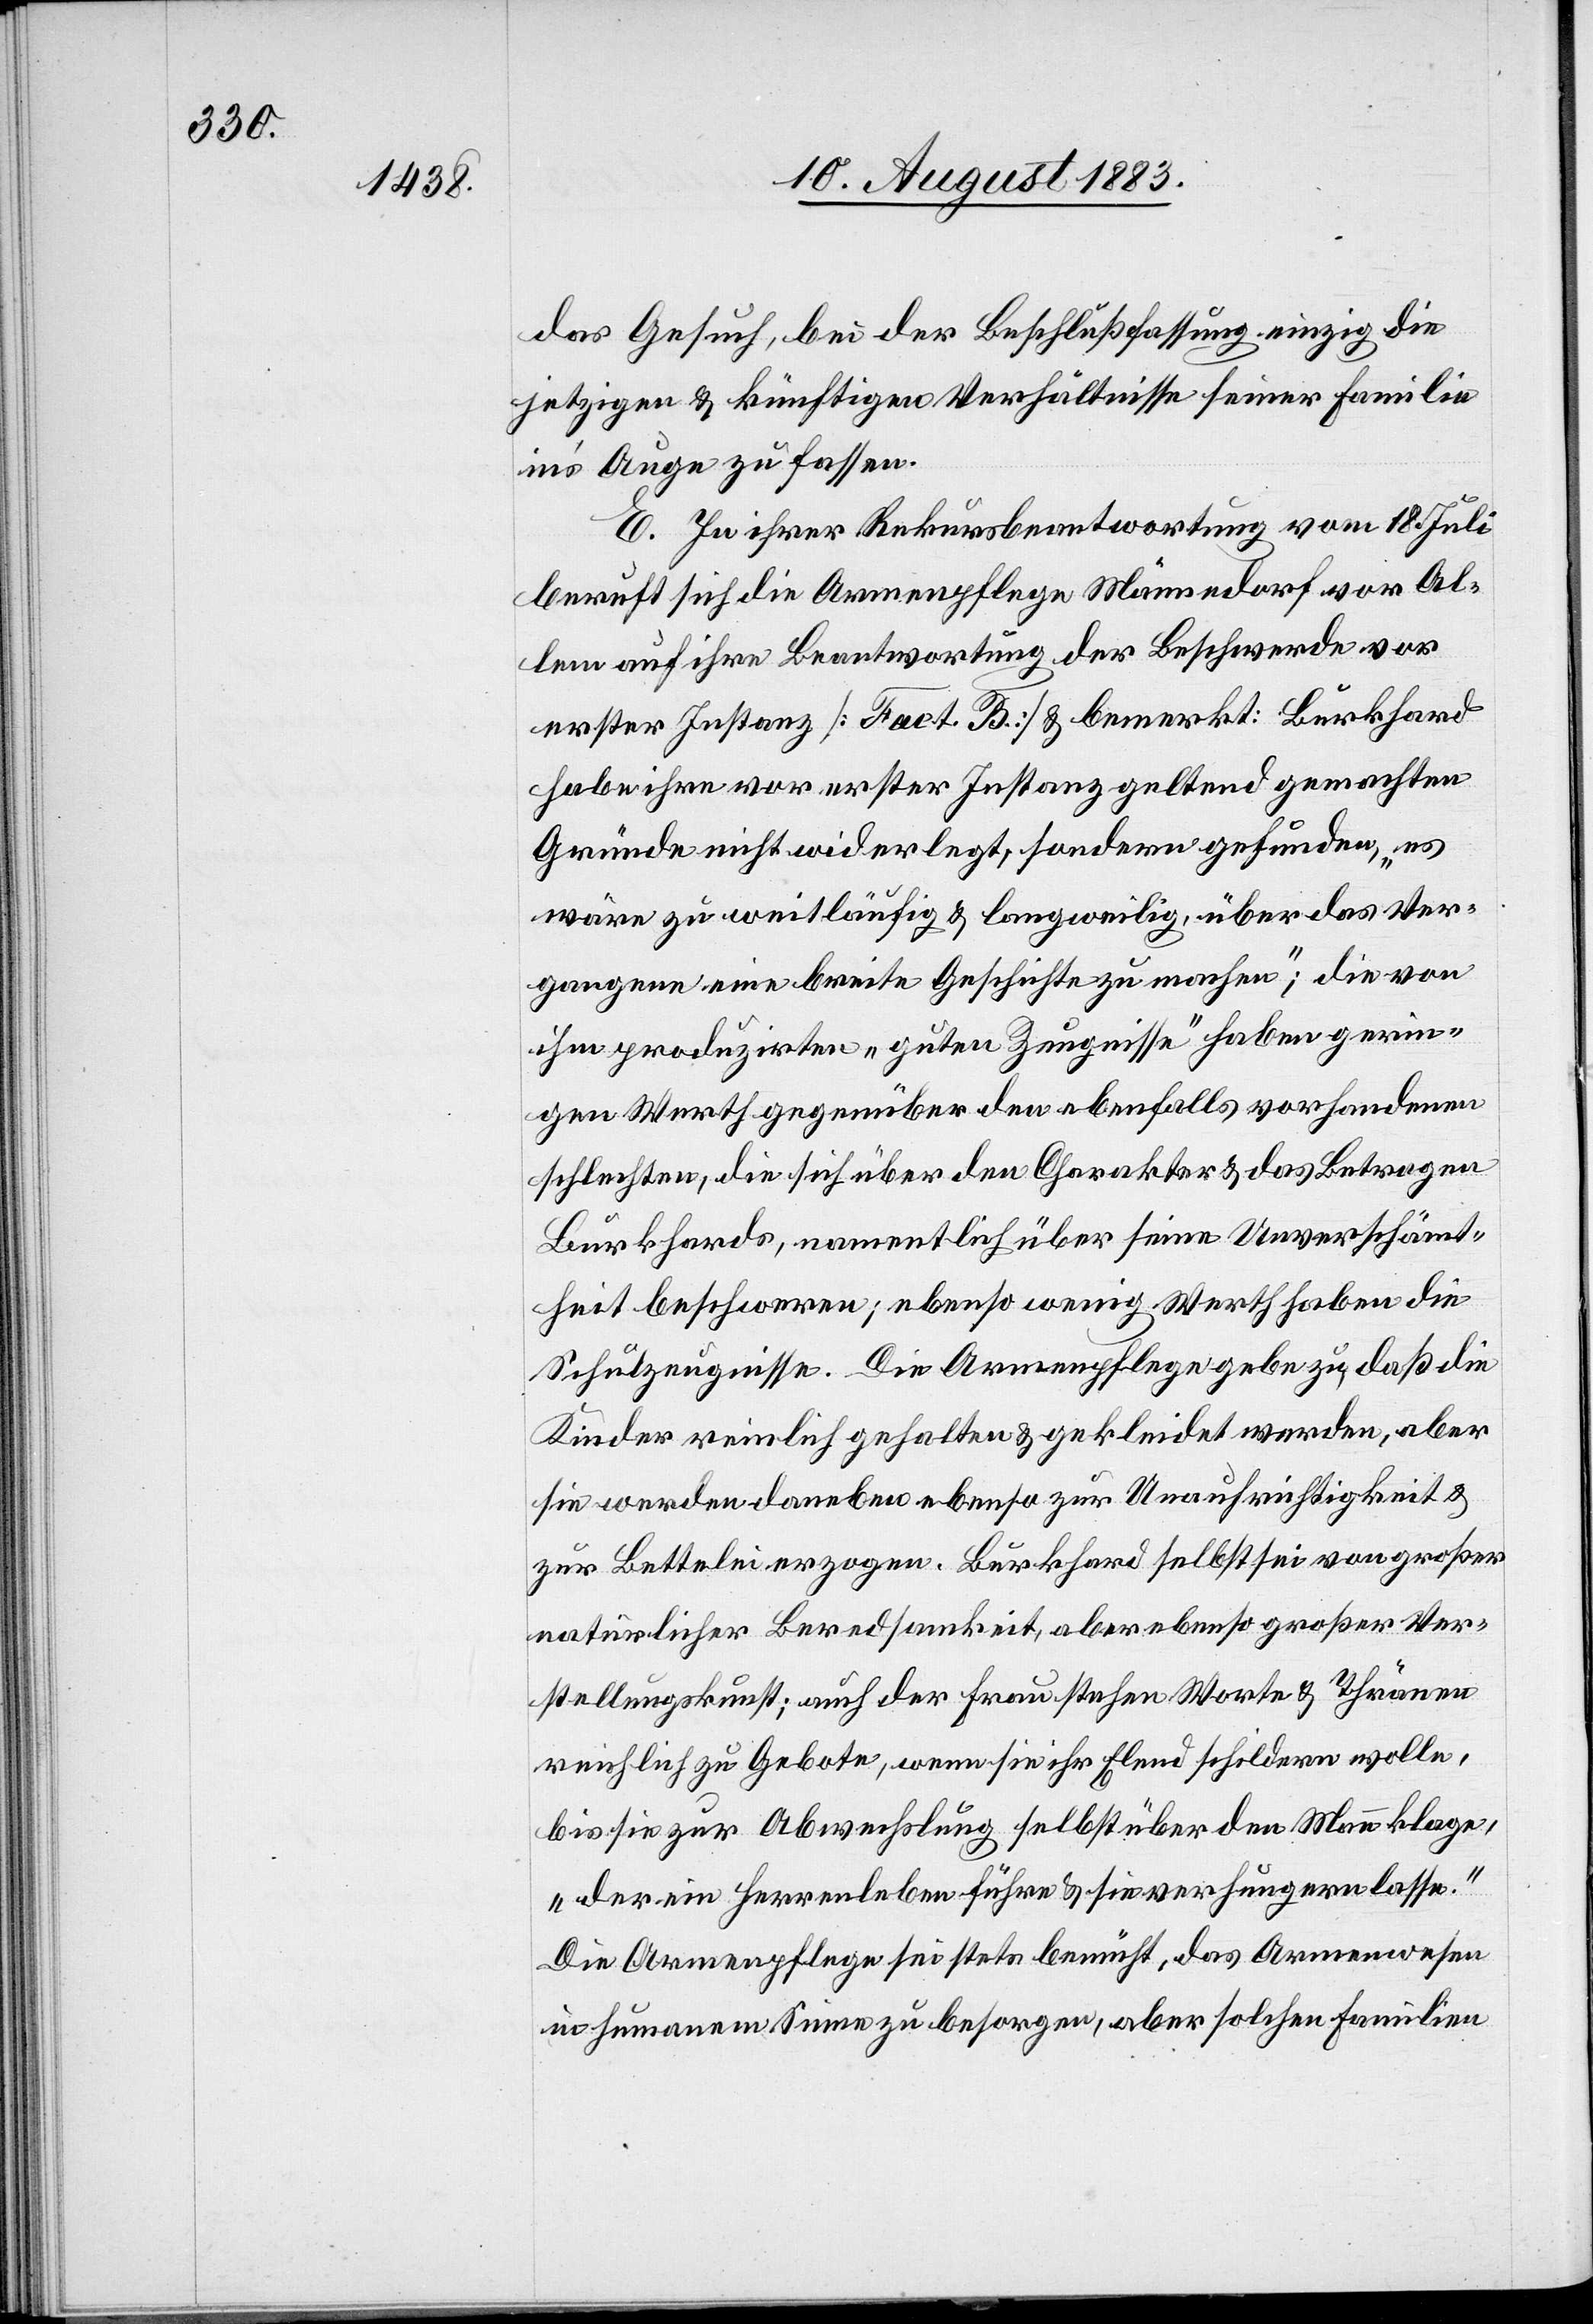
das Gesuch, bei der Beschlussfassung einzig die
jetzigen & künftigen Verhältnisse seiner Familie
in’s Auge zu fassen.
E. In ihrer Rekursbeantwortung vom 18. Juli
beruft sich die Armenpflege Männedorf vor Al¬
lem auf ihre Beantwortung der Beschwerde vor
erster Instanz [Fact. B.] & bemerkt: Burkhard
habe ihre vor erster Instanz geltend gemachten
Gründe nicht widerlegt, sondern gefunden, „es
wäre zu weitläufig & langweilig, über das Ver¬
gangene eine breite Geschichte zu machen“; die von
ihm produzirten „guten Zeugnisse“ haben gerin¬
gen Werth gegenüber den ebenfalls vorhandenen
schlechten, die sich über den Charakter & das Betragen
Burkhards, namentlich über seine Unverschämt¬
heit beschweren; ebenso wenig Werth haben die
Schulzeugnisse. Die Armenpflege gebe zu, daß die
Kinder reinlich gehalten & gekleidet werden, aber
sie werden daneben ebenso zur Unaufrichtigkeit &
zur Bettelei erzogen. Burkhard selbst sei von großer
natürlicher Beredsamkeit, aber ebenso großer Ver¬
stellungskunst; auch der Frau stehen Worte & Thränen
reichlich zu Gebote, wenn sie ihr Elend schildern wolle,
bis sie zur Abwechslung selbst über den Mann klage,
„der ein Herrenleben führe & sie verhungern lasse.“
Die Armenpflege sei stets bemüht, das Armenwesen
in humanem Sinne zu besorgen, aber solchen Familien